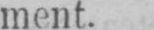
ment.